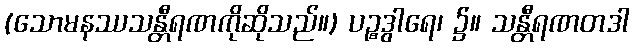
(သောမနဿသန္တီရဏကိုဆိုသည်။) ပဉ္စဒွါရေ၊ ၌။ သန္တီရဏတဒါ